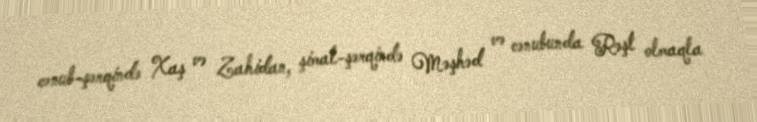
cənub-şərqində Xaş və Zahidan, şimal-şərqində Məşhəd və cənubunda Rəşt olmaqla